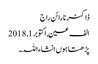
ڈاکٹر نارائن راج
الف عین, ‏اکتوبر 1, 2018
پڑھتا ہوں انشاءاللہ۔